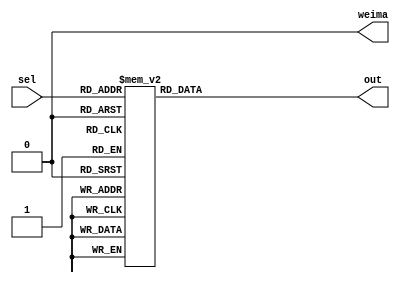
module ABCD0_9(sel,out,weima);
input [3:0]sel;
output reg [7:0]out;
output reg weima = 0;
always@(sel)
case(sel)                      //
4'd0:	out=8'b1100_0000;
4'd1:	out=8'b1111_1001;
4'd2:	out=8'b1010_0100;
4'd3:	out=8'b1011_0000;
4'd4:	out=8'b1001_1001;
4'd5:	out=8'b1001_0010;
4'd6:	out=8'b1000_0010;
4'd7:	out=8'b1111_1000;
4'd8:	out=8'b1000_0000;
4'd9:	out=8'b1001_0000;
default: out=8'b1111_1111;
endcase
endmodule